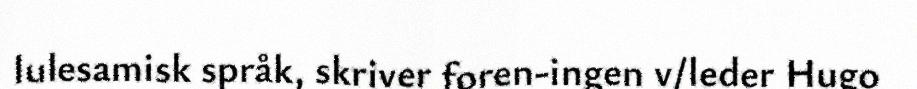
lulesamisk språk, skriver foren-ingen v/leder Hugo